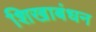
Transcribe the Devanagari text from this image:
शिखाबंधन